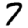
Digit: 7